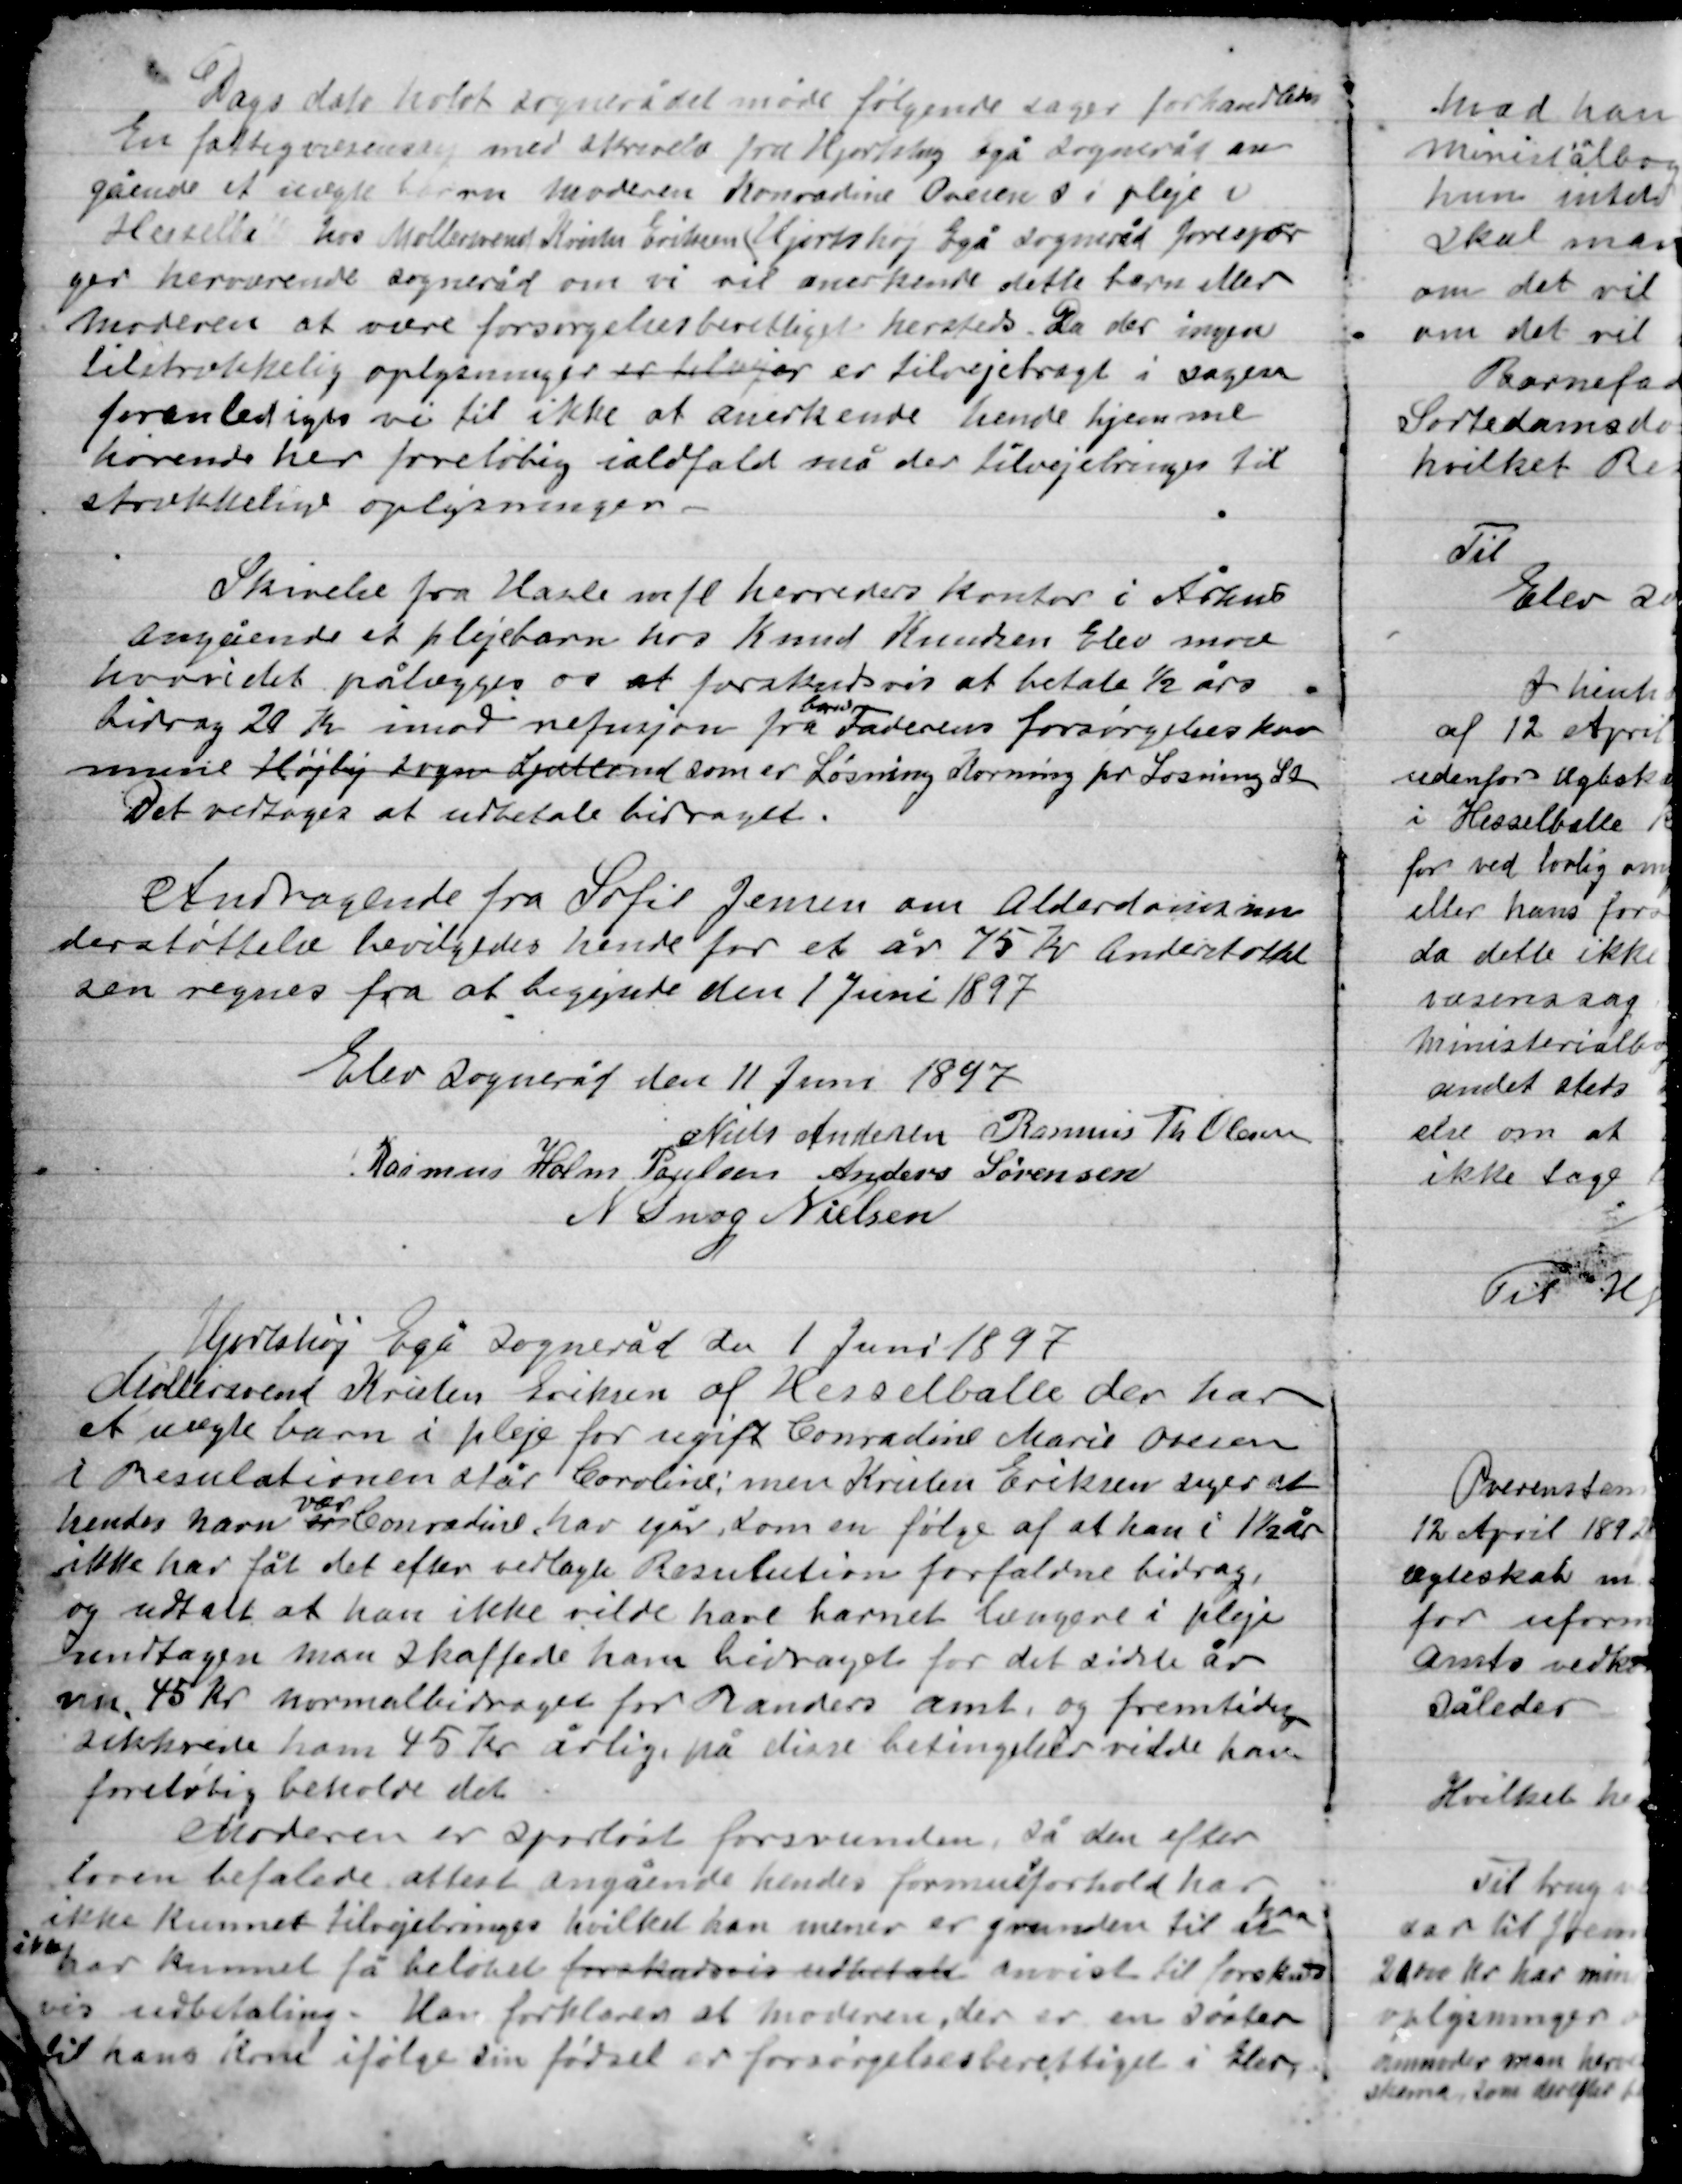
Transskription:
Dags dato holdt Sognerådet møde følgende sager forhandledes:
En fattigvæsen med skrivelse fra Hjortshøj Egå Sogneråd an-
gående et uægte barn Moderen Konradine Ovesen i pleje i
Hesselballe hos Møllersvend Kresten Eriksen Hjortshøj Egå Sogneråd forespør-
ger herværende Sogneråd om vi vil anerkende dette barn eller
Moderen at være forsørgelsesberettiget hersteds. Da der ingen
tilstrækkelig oplysninger er tillager er tilvejebragt i sagen
foranlediges vi til ikke at anerkende hende hjemme-
hørende her foreløbig i alt fald må der tilvejebringes til-
strækkelige oplysninger.

Skrivelse fra Hasle mfl. Herredes kontor i Århus
Angående et plejebarn hos Knud Kresten Elev mose
Hvorvidt det pålægges os at forskudsvis at betale ½ års
Bidrag 20 Kr. imod refusion fra
barne
Faderens forsørgelseskom-
mune Højby sogn Sjælland som er Løsning Korning pr Løsning St.
Det vedtoges at udbetale bidraget.

Andragende fra Sofie Jensen om Alderdomsun-
derstøttelse bevilgedes hende for et år 75 Kr. understøttel-
sen regnes fra at begynde den 1 Juni 1897.

Elev Sogneråd den 11 Juni 1897

Niels Andersen
Rasmus Th. Olsen
Rasmus Holm Poulsen
Anders Sørensen
N. Snog Nielsen

Hjortshøj Egå Sogneråd den 1 Juni 1897
Møllersvend Kresten Eriksen af Hesselballe der har
Et uægte barn i pleje for ugift Conradine Marie Ovesen
I Resulationen står Coroline: men Kresten Eriksen siger at
Hendes navn er
var
Conradine har i går som en følge af at han i 1½ År
Ikke har fået det efter vedtaget Resulution forfaldne bidrag,
og udtale at han ikke vilde have barnet længere i pleje
undtagen man skaffede ham bidraget for det sidste år
nu 45 Kr. normalbidraget for Randers Amt, og fremtidig
sikrede ham 45 Kr. årlig på disse betingelser vilde han
foreløbig beholde det.
Moderen er sporløst forsvunden så den efter
loven befalede attest angående hendes formueforhold har
ikke kunnet tilvejebringes hvilket han mener er grunden til at han
ikke har kunnet få beløbet forholdsvis udbetalt anvist til forskuds-
vis udbetaling. Han forklarer at moderen, der er en søster
til hans kone ifølge sin fødsel er forsørgelsesberettiget i Elev.